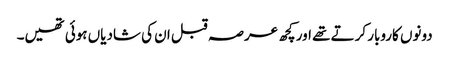
دونوں کاروبار کرتے تھے اور کچھ عرصہ قبل ان کی شادیاں ہوئی تھیں۔